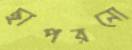
ছাপরনো